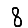
Digit: 8